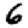
Digit: 6